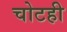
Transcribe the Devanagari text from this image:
चोटही